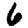
Digit: 6